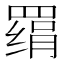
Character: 𰭔